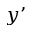
y ’